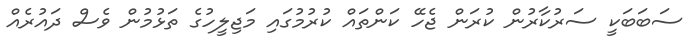
ސަބަބަކީ ސަރުކާރުން ކުރަން ޖެހޭ ކަންތައް ކުރުމުގައި މަޖިލީހުގެ ތަޅުމުން ވެސް ދައުރެއް